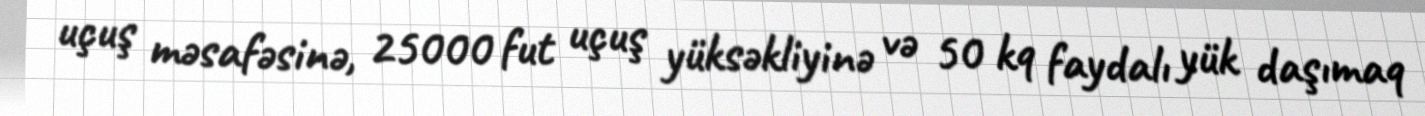
uçuş məsafəsinə, 25000 fut uçuş yüksəkliyinə və 50 kq faydalı yük daşımaq